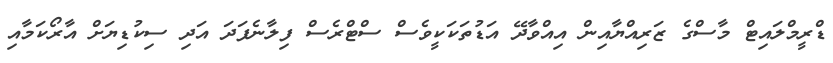
ޑްރީމްލައިޓް މާސްގެ ޒަރިއްޔާއިން އިއްވާދޭ އަޑުތަކަކީވެސް ސްޓްރެސް ފިލާނެފަދަ އަދި ސިކުޑިޔަށް އާރޯކަމާއި